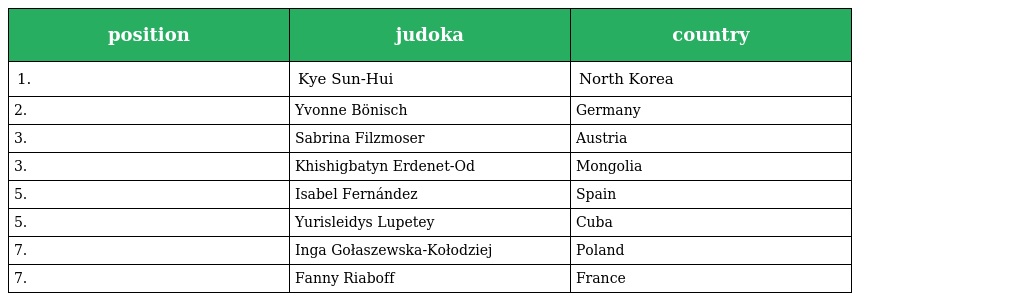
| position | judoka | country |
 | --- | --- | --- |
 | 1. | Kye Sun-Hui | North Korea |
 | 2. | Yvonne Bönisch | Germany |
 | 3. | Sabrina Filzmoser | Austria |
 | 3. | Khishigbatyn Erdenet-Od | Mongolia |
 | 5. | Isabel Fernández | Spain |
 | 5. | Yurisleidys Lupetey | Cuba |
 | 7. | Inga Gołaszewska-Kołodziej | Poland |
 | 7. | Fanny Riaboff | France |